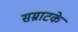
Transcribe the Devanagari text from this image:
सम्राटके